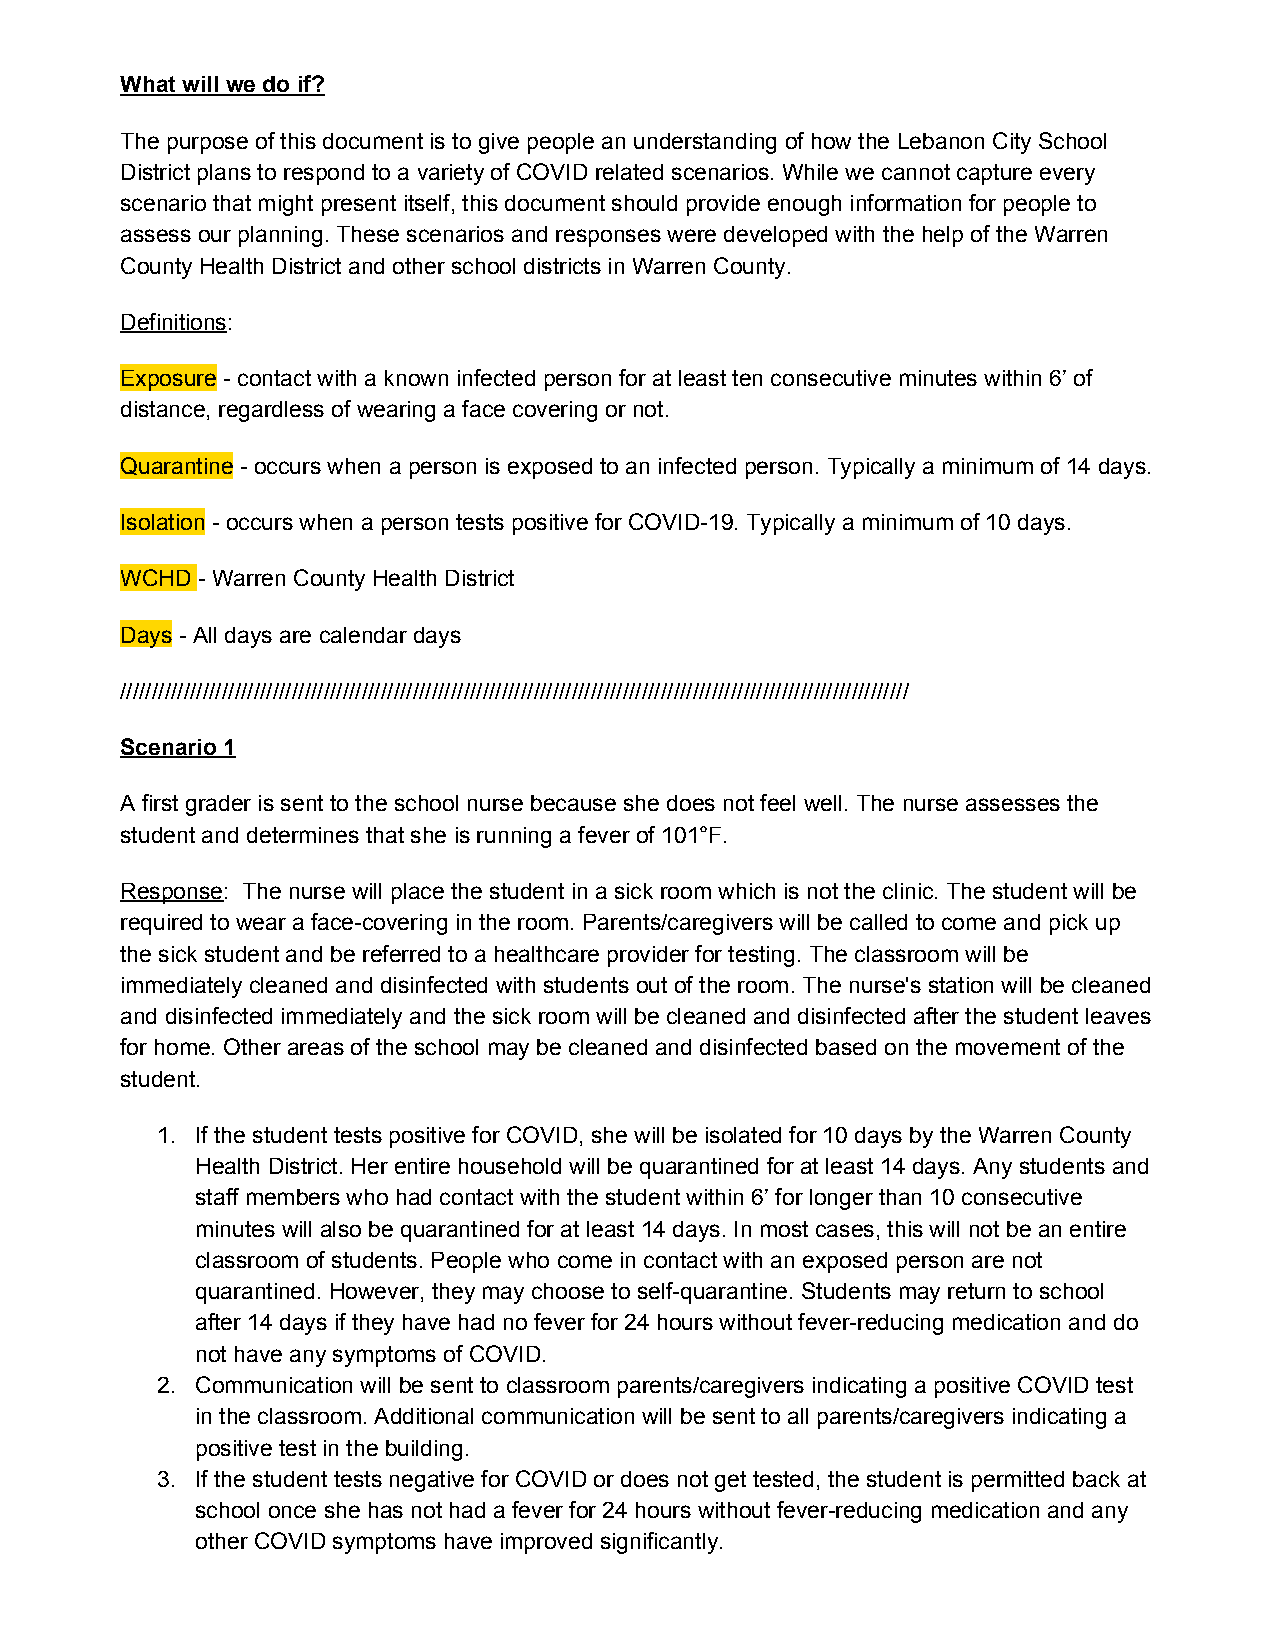
What will we do if?
 The purpose of this document is to give people an understanding of how the Lebanon City School
 District plans to respond to a variety of COVID related scenarios. While we cannot capture every
 scenario that might present itself, this document should provide enough information for people to
 assess our planning. These scenarios and responses were developed with the help of the Warren
 County Health District and other school districts in Warren County.
 Definitions:
 ​
 Exposure - contact with a known infected person for at least ten consecutive minutes within 6’ of
 ​
 distance, regardless of wearing a face covering or not.
 Quarantine - occurs when a person is exposed to an infected person. Typically a minimum of 14 days.
 ​
 Isolation - occurs when a person tests positive for COVID-19. Typically a minimum of 10 days.
 ​
 WCHD - Warren County Health District
 ​
 Days - All days are calendar days
 ​
 ////////////////////////////////////////////////////////////////////////////////////////////////////////////////////////////
 Scenario 1
 A first grader is sent to the school nurse because she does not feel well. The nurse assesses the
 student and determines that she is running a fever of 101°F.
 Response: The nurse will place the student in a sick room which is not the clinic. The student will be
 ​
 required to wear a face-covering in the room. Parents/caregivers will be called to come and pick up
 the sick student and be referred to a healthcare provider for testing. The classroom will be
 immediately cleaned and disinfected with students out of the room. The nurse's station will be cleaned
 and disinfected immediately and the sick room will be cleaned and disinfected after the student leaves
 for home. Other areas of the school may be cleaned and disinfected based on the movement of the
 student.
 1. If the student tests positive for COVID, she will be isolated for 10 days by the Warren County
 Health District. Her entire household will be quarantined for at least 14 days. Any students and
 staff members who had contact with the student within 6’ for longer than 10 consecutive
 minutes will also be quarantined for at least 14 days. In most cases, this will not be an entire
 classroom of students. People who come in contact with an exposed person are not
 quarantined. However, they may choose to self-quarantine. Students may return to school
 after 14 days if they have had no fever for 24 hours without fever-reducing medication and do
 not have any symptoms of COVID.
 2. Communication will be sent to classroom parents/caregivers indicating a positive COVID test
 in the classroom. Additional communication will be sent to all parents/caregivers indicating a
 positive test in the building.
 3. If the student tests negative for COVID or does not get tested, the student is permitted back at
 school once she has not had a fever for 24 hours without fever-reducing medication and any
 other COVID symptoms have improved significantly.